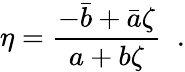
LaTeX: \eta=\frac{-\bar{b}+\bar{a}\zeta}{a+b\zeta}\; \; .